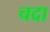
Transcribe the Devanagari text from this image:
चदा